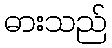
ဓားသည်